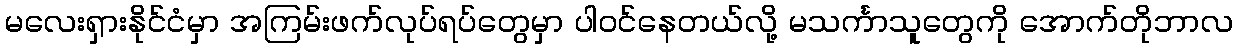
မလေးရှားနိုင်ငံမှာ အကြမ်းဖက်လုပ်ရပ်တွေမှာ ပါဝင်နေတယ်လို့ မသင်္ကာသူတွေကို အောက်တိုဘာလ